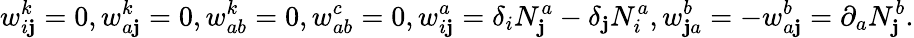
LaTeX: w_{i\mathbf{j}}^{k}=0,w_{a\mathbf{j}}^{k}=0,w_{ab}^{k}=0,w_{ab}^{c}=0,w_{i\mathbf{j}}^{a}=\delta_{i}N_{\mathbf{j}}^{a}-\delta_{\mathbf{j}}N_{i}^{a},w_{\mathbf{j}a}^{b}=-w_{a\mathbf{j}}^{b}=\partial_{a}N_{\mathbf{j}}^{b}.